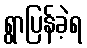
ရွာပြန်ခဲ့ရ